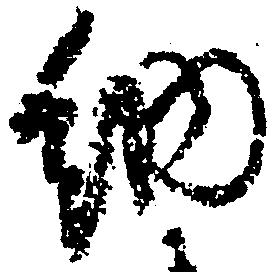
納